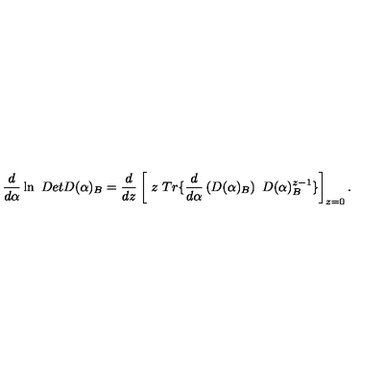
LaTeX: \frac d { d \alpha } \ln \ D e t D ( \alpha ) _ { B } = \frac d { d z } \left[ \ z \ T r \{ \frac d { d \alpha } \left( D ( \alpha ) _ { B } \right) \ D ( \alpha ) _ { B } ^ { z - 1 } \} \right] _ { z = 0 } .